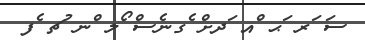
ސަ ަރ ަޙ ްއ ަދށް ެގނެސް ޯލ ްނ ުޗ ެފ